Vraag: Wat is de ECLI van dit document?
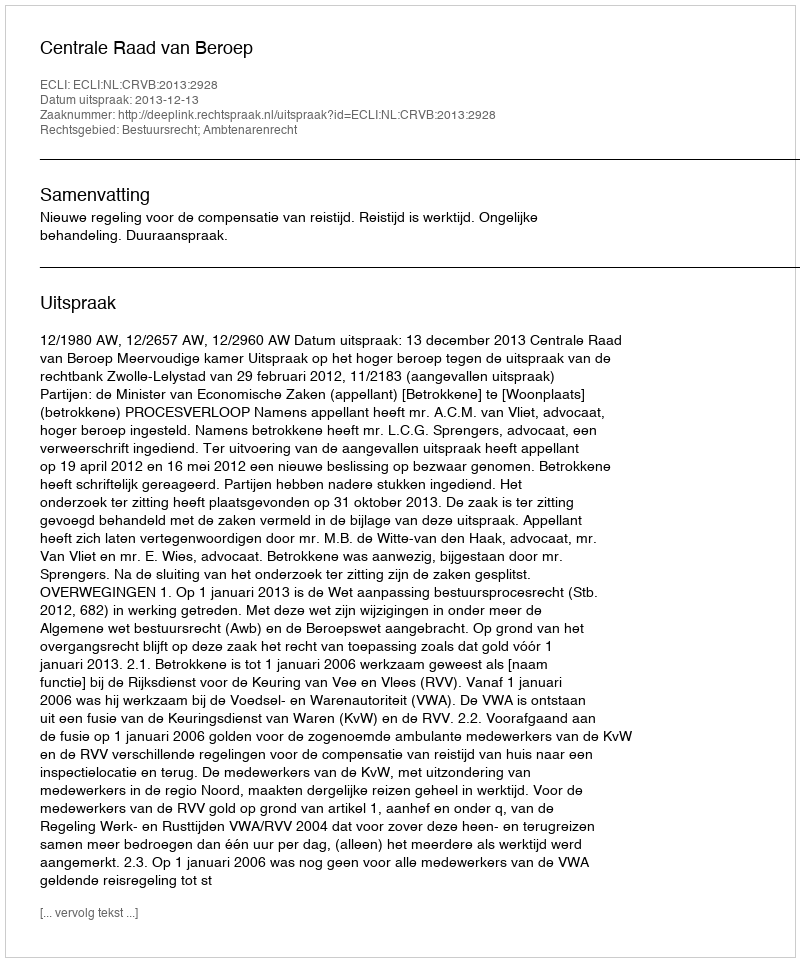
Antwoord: ECLI:NL:CRVB:2013:2928